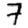
Digit: 7